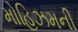
મોહિઝમની